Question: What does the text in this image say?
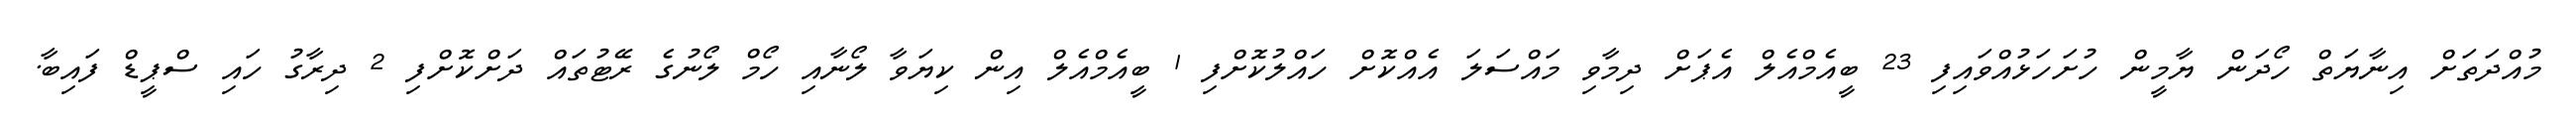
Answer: މުއްދަތަށް އިނާޔަތް ހޯދަން ޔާމީން ހުށަހަޅުއްވައިފި 23 ބީއެމްއެލް އެޕަށް ދިމާވި މައްސަލަ އެއްކޮށް ހައްލުކޮށްފި 1 ބީއެމްއެލް އިން ކިޔަވާ ލޯނާއި ހޯމް ލޯނުގެ ރޭޓުތައް ދަށްކޮށްފި 2 ދިރާގު ހައި ސްޕީޑް ފައިބާ.